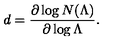
d = \frac { \partial \log N ( \Lambda ) } { \partial \log \Lambda } .